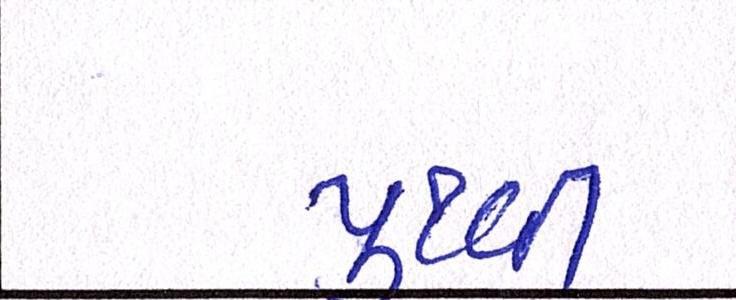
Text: પુથ્વી